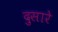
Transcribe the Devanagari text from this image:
दुसारे